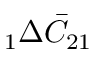
\phantom { } _ { 1 } \Delta \bar { C } _ { 2 1 }